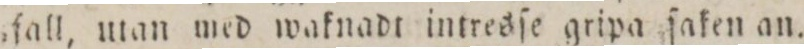
ſall, utan med waknadt intresſe gripa ſaken an.